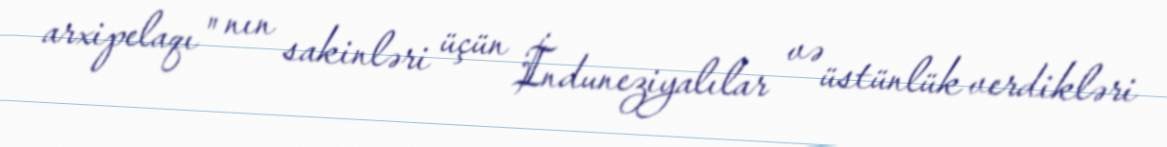
arxipelaqı" nın sakinləri üçün İnduneziyalılar və üstünlük verdikləri